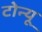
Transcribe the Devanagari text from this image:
टोन्यू